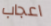
اعجاب